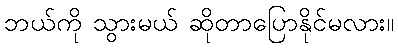
ဘယ်ကို သွားမယ် ဆိုတာပြောနိုင်မလား။